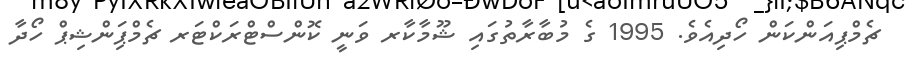
ޗެމްޕިއަންކަން ހޯދިއެވެ. 1995 ގެ މުބާރާތުގައި ޝޫމާކާރ ވަނީ ކޮންސްޓްރަކްޓަރ ޗެމްޕިަންޝިޕް ހޯދާ